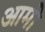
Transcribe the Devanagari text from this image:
आमो